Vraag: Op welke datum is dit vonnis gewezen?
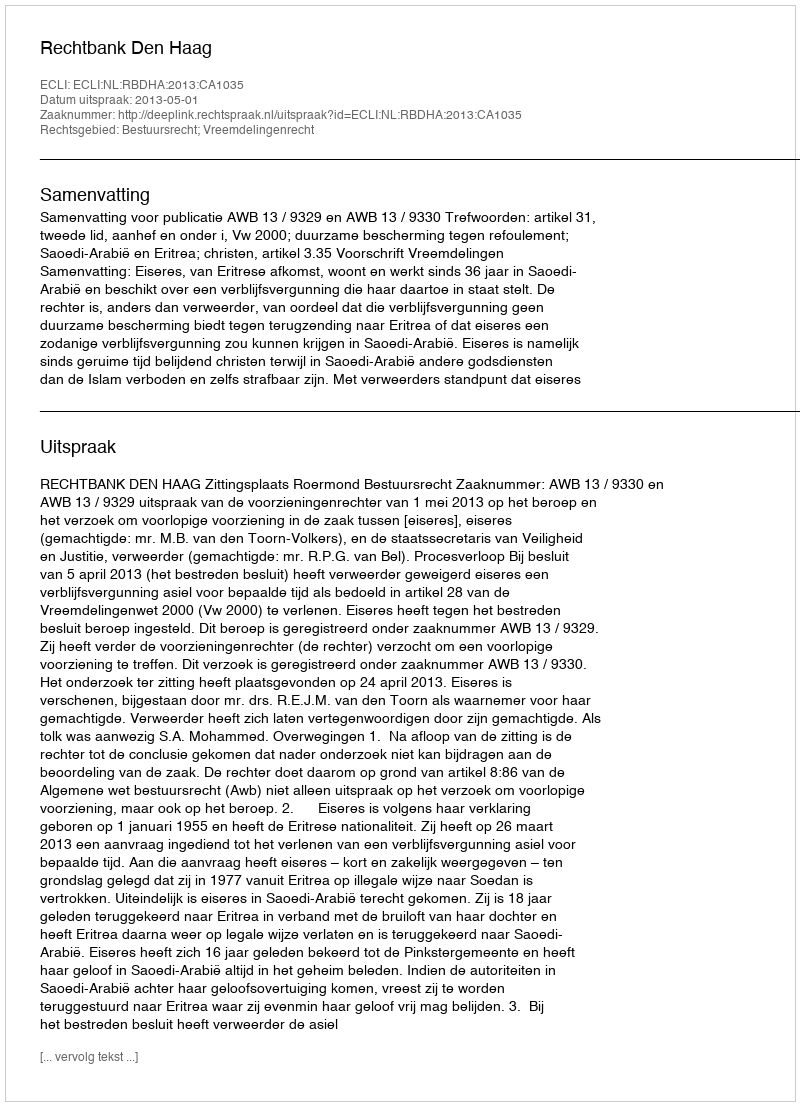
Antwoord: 2013-05-01